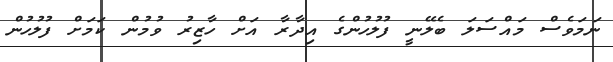
ނަމަވެސް މައްސަލަ ބެލޭނީ ފުލުހުންގެ އިދާރާ އަށް ހާޒިރު ވުމުން ކަމަށް ފުލުހުން